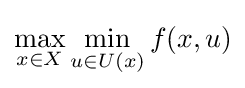
\max _{x\in X}\min _{u\in U(x)}f(x,u)